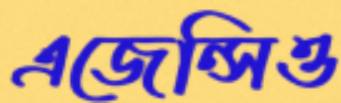
এজেন্সিও